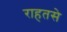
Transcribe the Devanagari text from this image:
राहतसे